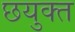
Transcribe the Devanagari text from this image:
छयुक्त